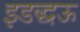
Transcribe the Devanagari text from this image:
इडद्धऊ